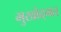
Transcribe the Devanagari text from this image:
मुखोद्गत